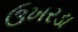
ઉખરડા